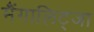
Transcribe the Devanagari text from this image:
मैंगालिट्जा